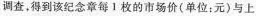
调查，得到该纪念章每1枚的市场价(单位：元)与上